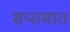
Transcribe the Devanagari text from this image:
सप्तमात